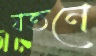
যতনে